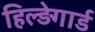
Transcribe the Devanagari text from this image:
हिल्ड़ेगार्ड